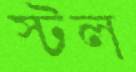
স্টল